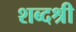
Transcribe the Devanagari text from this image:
शब्दश्री